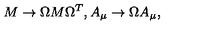
M \rightarrow \Omega M \Omega ^ { T } , A _ { \mu } \rightarrow \Omega A _ { \mu } { } ,